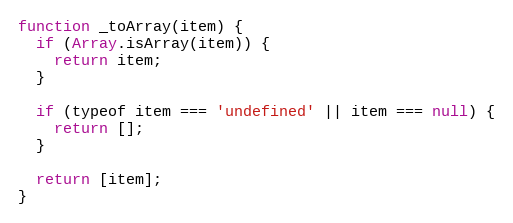
Language: JavaScript
function _toArray(item) {
  if (Array.isArray(item)) {
    return item;
  }

  if (typeof item === 'undefined' || item === null) {
    return [];
  }

  return [item];
}